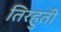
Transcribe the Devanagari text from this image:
तिरहुती